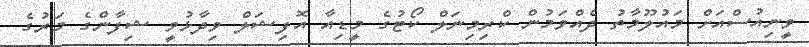
ވީނިއުސްއަށް މައުލޫމާތު ދެއްވަމުން ކްރިމިނަލް ކޯޓުގެ މީޑިއާ އޮފިޝަލް ވިދާޅުވީ ޝިފާންގެ މަރުގެ